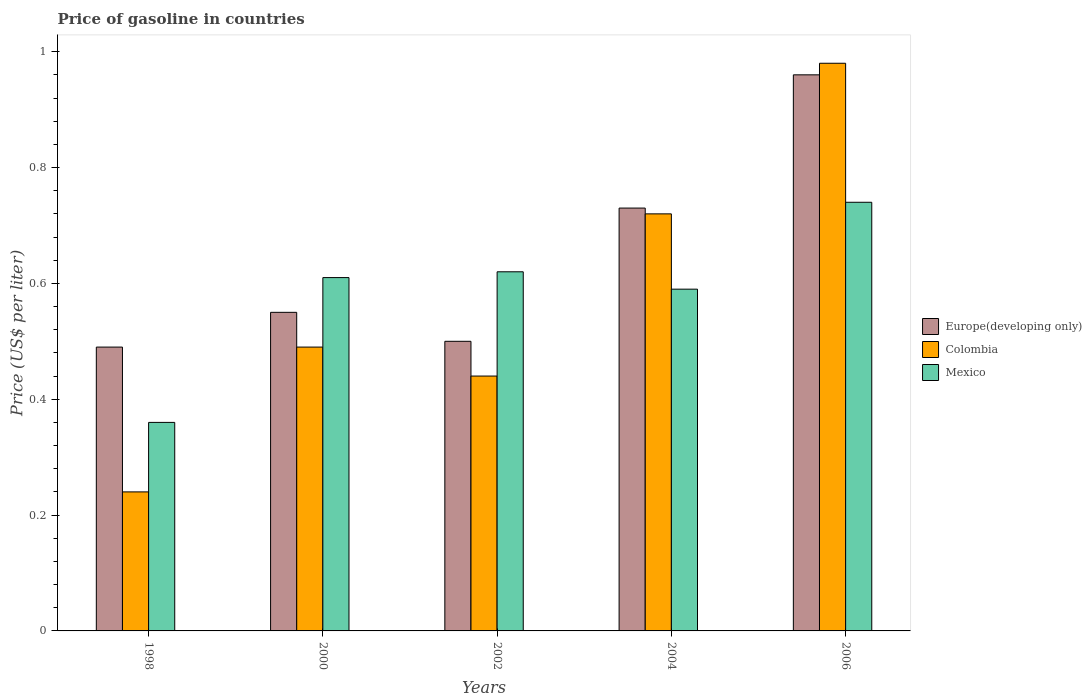
| Years | Europe(developing only) | Colombia | Mexico |
 | --- | --- | --- | --- |
 | 1998 | 0.49 | 0.24 | 0.36 |
 | 2000 | 0.55 | 0.49 | 0.61 |
 | 2002 | 0.5 | 0.44 | 0.62 |
 | 2004 | 0.73 | 0.72 | 0.59 |
 | 2006 | 0.96 | 0.98 | 0.74 |